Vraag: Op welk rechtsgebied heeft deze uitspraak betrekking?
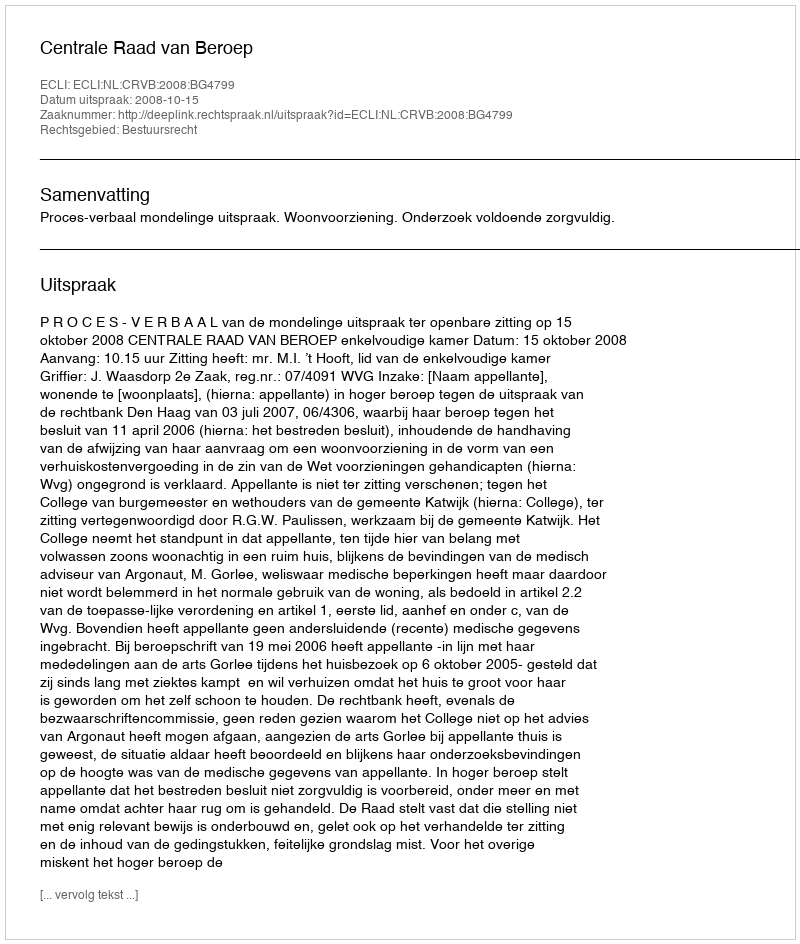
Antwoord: Bestuursrecht